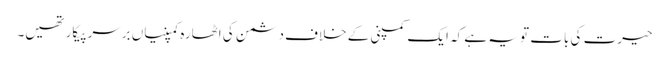
حیرت کی بات تو یہ ہے کہ ایک کمپنی کے خلاف دشمن کی اٹھارہ کمپنیاں برسرپیکار تھیں۔